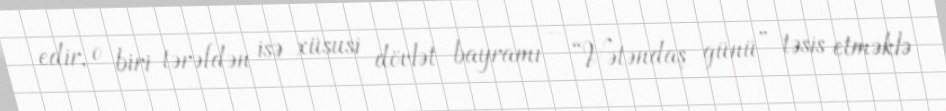
edir, o biri tərəfdən isə xüsusi dövlət bayramı – “Vətəndaş günü” təsis etməklə